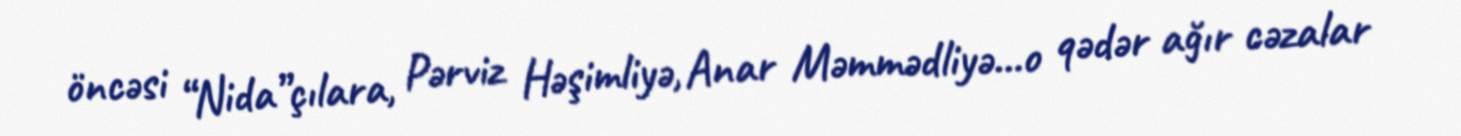
öncəsi “Nida”çılara, Pərviz Həşimliyə, Anar Məmmədliyə...o qədər ağır cəzalar